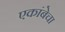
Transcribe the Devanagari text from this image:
एकांबेचा